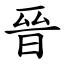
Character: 晉